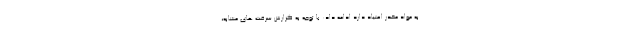
به مواد مخدر اعتیاد دارد ادامه داد: با توجه به گزارش سرقت های مشابه،